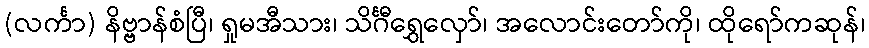
(လင်္ကာ) နိဗ္ဗာန်စံပြီ၊ ရှုမအီသား၊ သိင်္ဂီရွှေလှော်၊ အလောင်းတော်ကို၊ ထိုရော်ကဆုန်၊